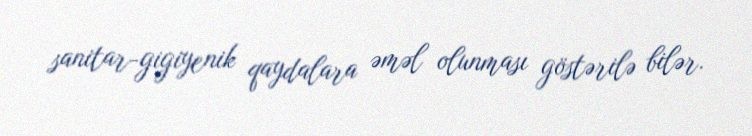
sanitar-gigiyenik qaydalara əməl olunması göstərilə bilər.